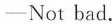
—Not bad.